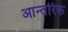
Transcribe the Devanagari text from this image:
आन्‍तरिक